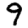
Digit: 9